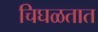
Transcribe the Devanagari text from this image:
चिघळतात